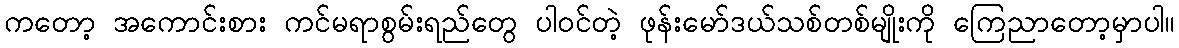
ကတော့ အကောင်းစား ကင်မရာစွမ်းရည်တွေ ပါဝင်တဲ့ ဖုန်းမော်ဒယ်သစ်တစ်မျိုးကို ကြေညာတော့မှာပါ။